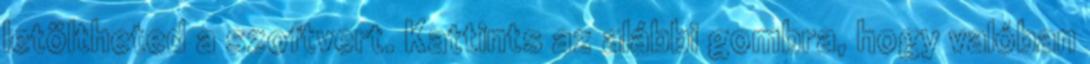
letöltheted a szoftvert. Kattints az alábbi gombra, hogy valóban